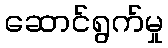
ဆောင်ရွက်မှု